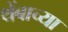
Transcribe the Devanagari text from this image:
थेंबाच्या